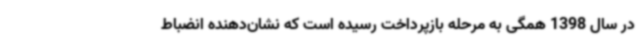
در سال 1398 همگی به مرحله بازپرداخت رسیده است که نشان‌دهنده انضباط